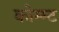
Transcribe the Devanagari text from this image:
कोम्म्ट